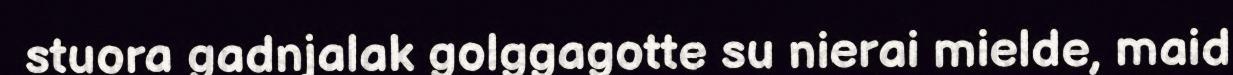
stuora gadnjalak golggagotte su nierai mielde, maid